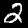
Digit: 2